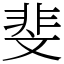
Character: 斐